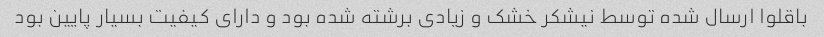
باقلوا ارسال شده توسط نیشکر خشک و زیادی برشته شده بود و دارای کیفیت بسیار پایین بود